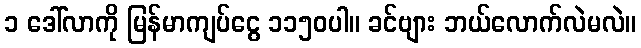
၁ ဒေါ်လာကို မြန်မာကျပ်ငွေ ၁၁၅၀ပါ။ ခင်ဗျား ဘယ်လောက်လဲမလဲ။